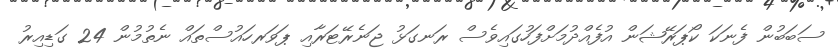
ސަބަބުން ފެނަކަ ކޯޕަރޭޝަން އުފެއްދުމަށްފަހުގައިވެސް ރަނގަޅު ޖަނެރޭޓަރާއި ޕަވަރހައުސްތައް ނެތުމުން 24 ގަޑިއިރު